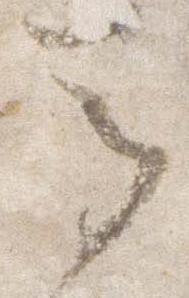
馬